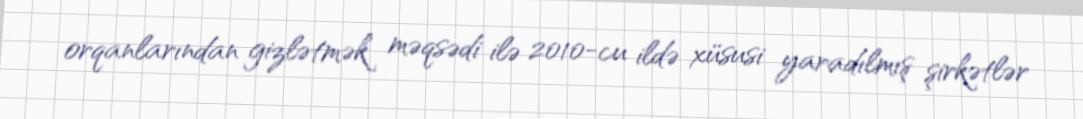
orqanlarından gizlətmək məqsədi ilə 2010-cu ildə xüsusi yaradılmış şirkətlər